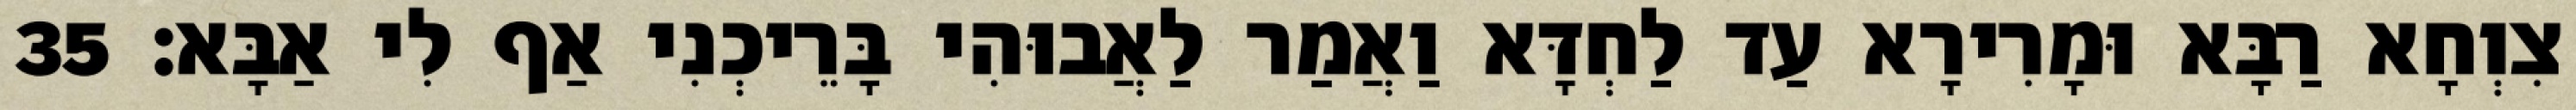
צִוְחָא רַבָּא וּמָרִירָא עַד לַחְדָּא וַאֲמַר לַאֲבוּהִי בָּרֵיכְנִי אַף לִי אַבָּא׃ 35